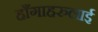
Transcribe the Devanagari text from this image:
हाँगाहरुलाई